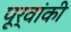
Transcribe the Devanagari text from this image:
पूर्वांकी